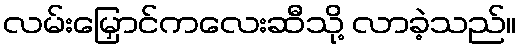
လမ်းမြှောင်ကလေးဆီသို့ လာခဲ့သည်။